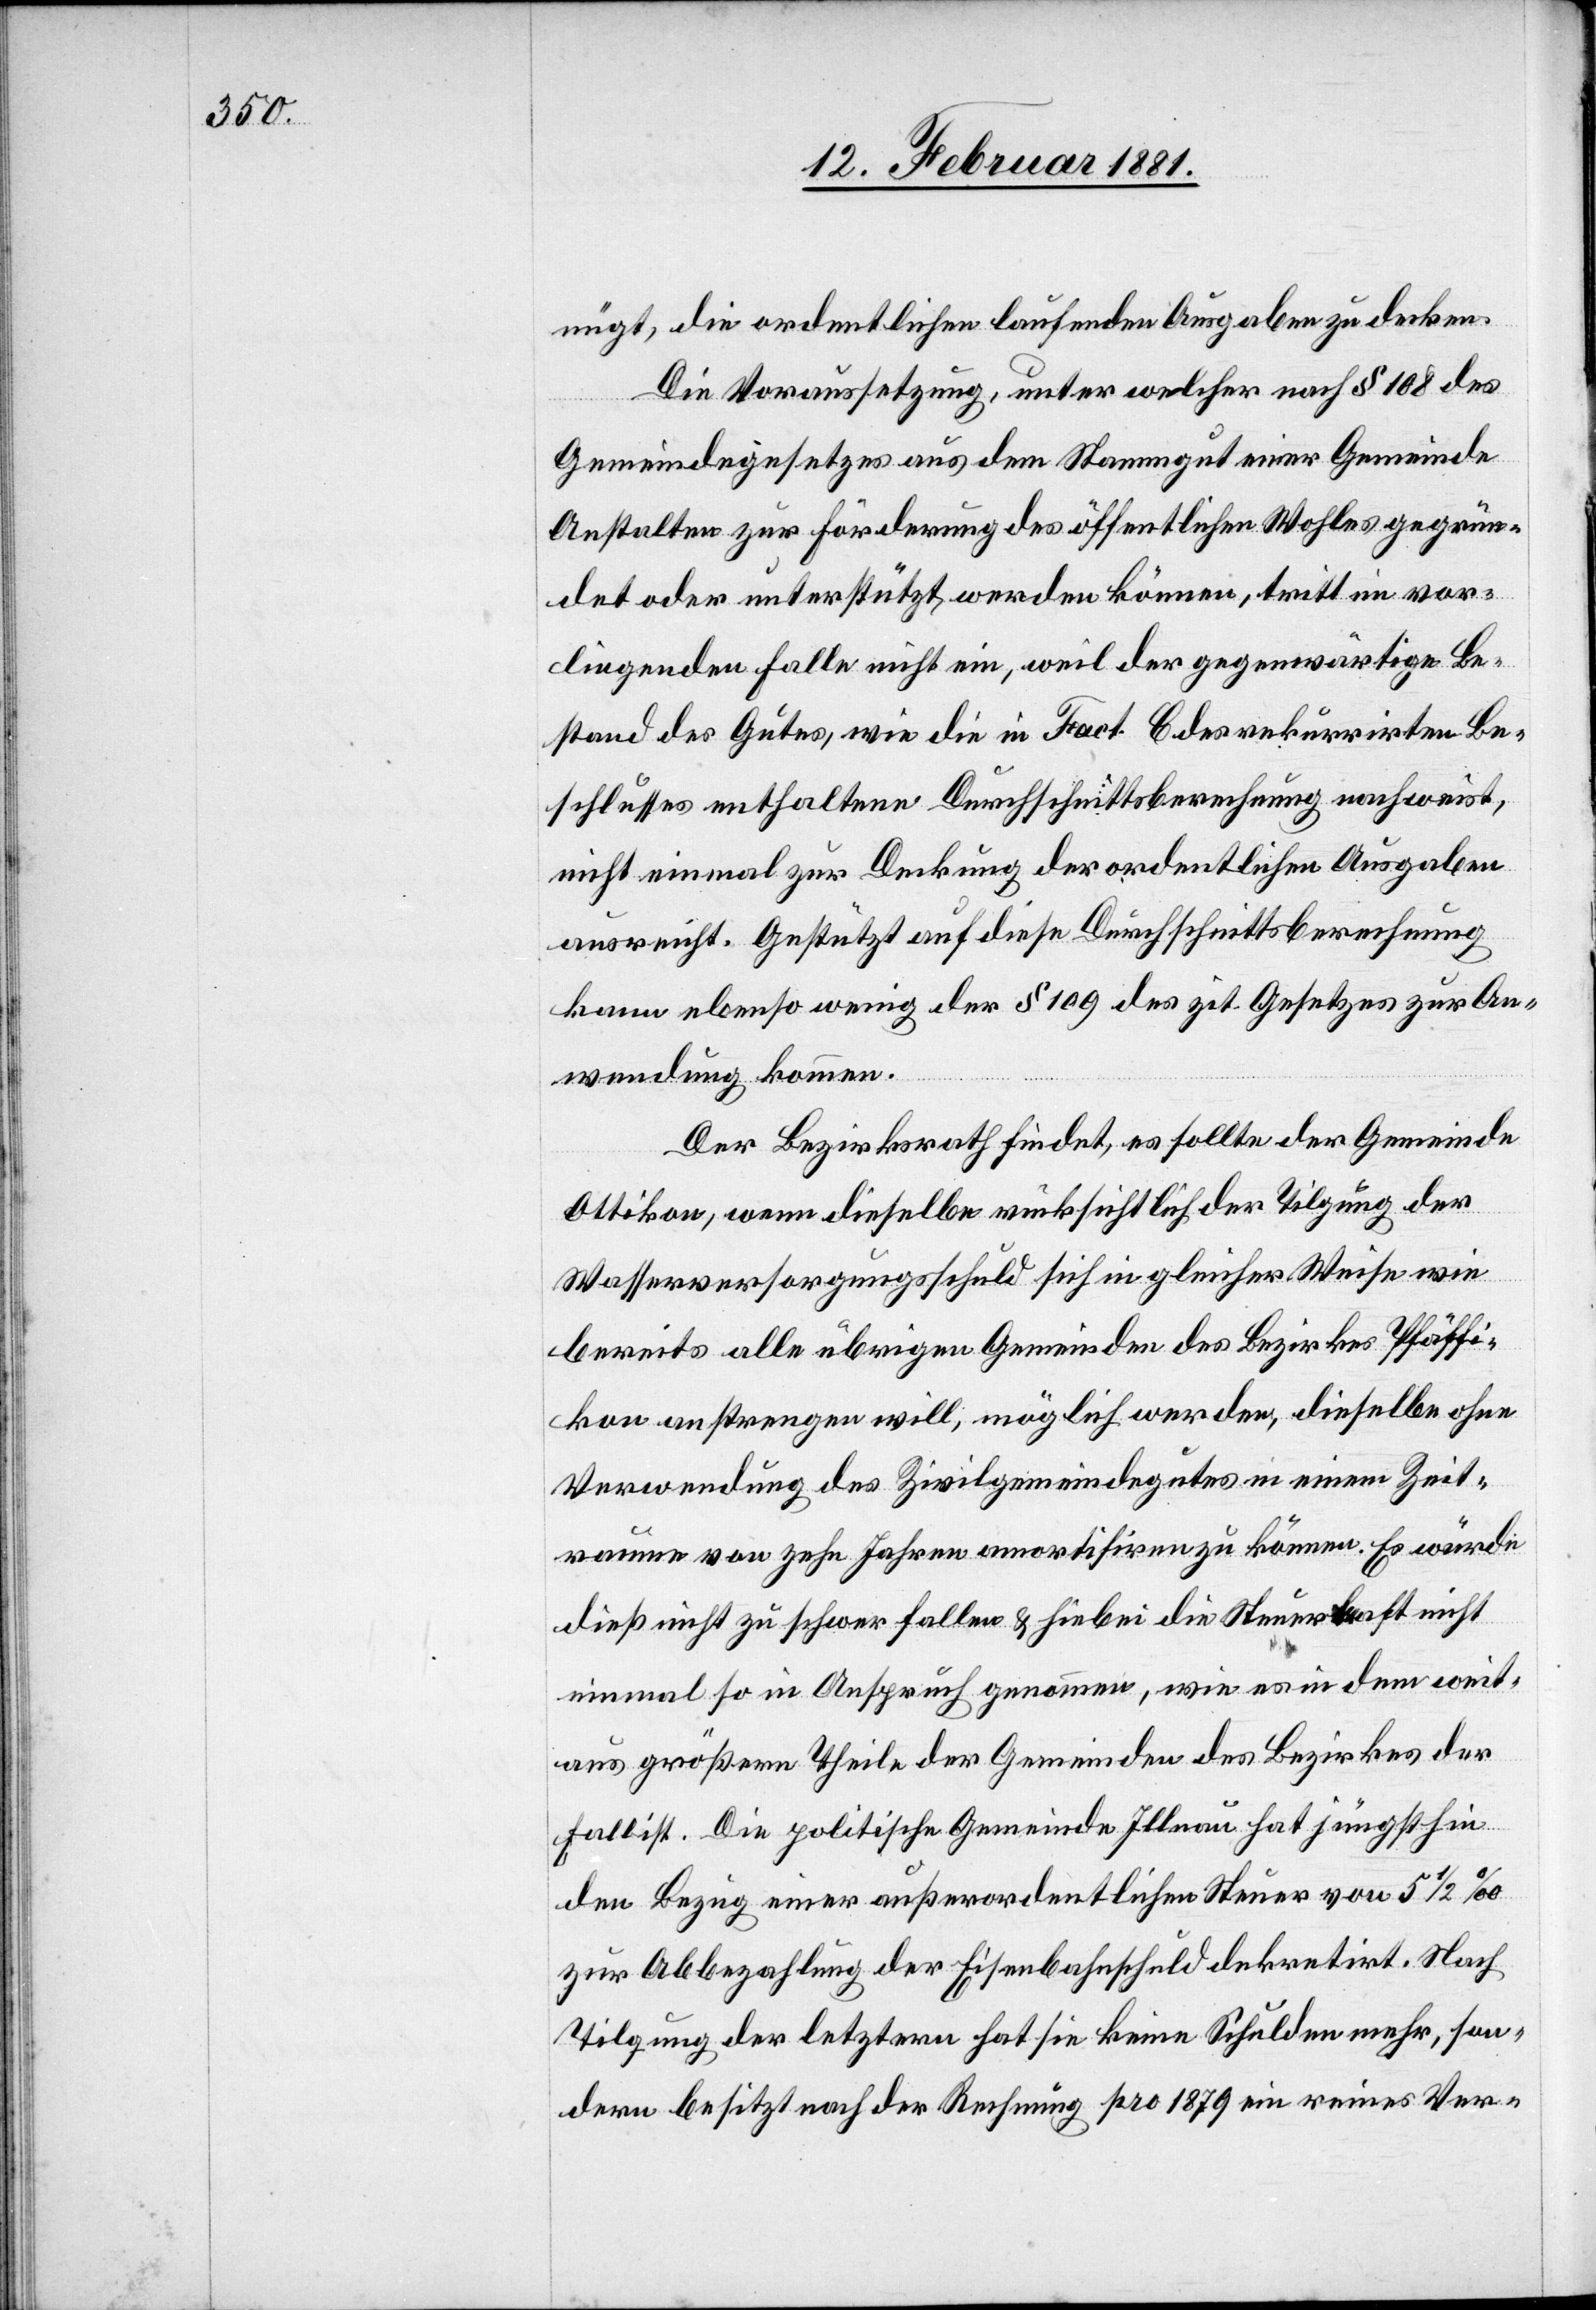
nügt, die ordentlichen laufenden Ausgaben zu decken.
Die Voraussetzung, unter welcher nach § 108 des
Gemeindegesetzes aus dem Stammgut einer Gemeinde
Anstalten zur Förderung des öffentlichen Wohles gegrün¬
det oder unterstützt, werden können, tritt im vor¬
liegenden Falle nicht ein, weil der gegenwärtige Be¬
stand des Gutes, wie die in Fact. C des rekurrirten Be¬
schlusses enthaltene Durchschnittsberechnung aufweist,
nicht einmal zur Deckung der ordentlichen Ausgaben
ausreicht. Gestützt auf diese Durchschnittsberechnung
kann ebenso wenig der § 109 des zit. Gesetzes zur An¬
wendung kommen.
Der Bezirksrath findet, es sollte der Gemeinde
Ottikon, wenn dieselbe rücksichtlich der Tilgung der
Wasserversorgungsschuld sich in gleicher Weise wie
bereits alle übrigen Gemeinden des Bezirkes Pfäffi¬
kon anstrengen will, möglich werden, dieselbe ohne
Verwendung des Zivilgemeindegutes in einem Zeit¬
raume von zehn Jahren amortisiren zu können. Es würde
dieß nicht zu schwer fallen & hiebei die Steuerlast nicht
einmal so in Anspruch genommen, wie e sin dem weit¬
aus größern Theile der Gemeinden des Bezirkes der
Fall ist. Die politische Gemeinde Illnau hat jüngsthin
den Bezug einer außerordentlichen Steuer von 5 1/2‰
zur Abbezahlung der Eisenbahnschuld dekretirt. Nach
Tilgung der letztern hat sie keine Schulden mehr, son¬
dern besitzt nach der Rechnung pro 1879 ein reines Ver-